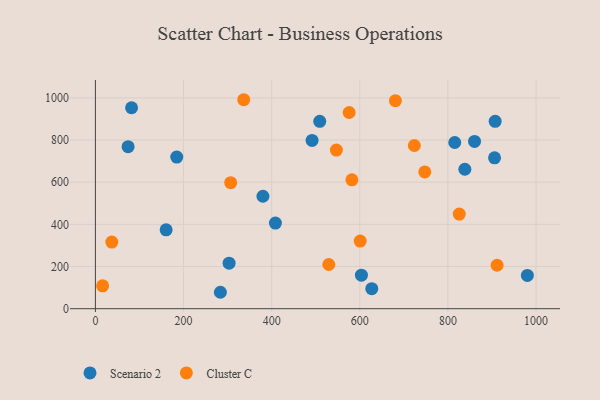
{"axis": {"x": "Experience", "y": "Profit"}, "legend": ["Cluster C", "Scenario 2"], "data": [{"x": "491.7", "y": 798.1, "type": "Scenario 2"}, {"x": "509.1", "y": 888.6, "type": "Scenario 2"}, {"x": "184.6", "y": 719.2, "type": "Scenario 2"}, {"x": "303.4", "y": 216.1, "type": "Scenario 2"}, {"x": "627.2", "y": 94.9, "type": "Scenario 2"}, {"x": "283.6", "y": 77.9, "type": "Scenario 2"}, {"x": "838.4", "y": 661.4, "type": "Scenario 2"}, {"x": "980.3", "y": 157.9, "type": "Scenario 2"}, {"x": "603.7", "y": 159.2, "type": "Scenario 2"}, {"x": "74.2", "y": 768.6, "type": "Scenario 2"}, {"x": "815.5", "y": 788.2, "type": "Scenario 2"}, {"x": "907.2", "y": 888.7, "type": "Scenario 2"}, {"x": "82.1", "y": 953.1, "type": "Scenario 2"}, {"x": "408.5", "y": 406.0, "type": "Scenario 2"}, {"x": "160.5", "y": 373.9, "type": "Scenario 2"}, {"x": "380.2", "y": 533.4, "type": "Scenario 2"}, {"x": "905.8", "y": 715.7, "type": "Scenario 2"}, {"x": "860.4", "y": 793.5, "type": "Scenario 2"}, {"x": "546.8", "y": 752.5, "type": "Cluster C"}, {"x": "600.9", "y": 320.6, "type": "Cluster C"}, {"x": "307.0", "y": 597.6, "type": "Cluster C"}, {"x": "723.8", "y": 773.9, "type": "Cluster C"}, {"x": "16.4", "y": 108.7, "type": "Cluster C"}, {"x": "747.5", "y": 648.5, "type": "Cluster C"}, {"x": "911.6", "y": 206.1, "type": "Cluster C"}, {"x": "529.6", "y": 209.7, "type": "Cluster C"}, {"x": "37.2", "y": 315.8, "type": "Cluster C"}, {"x": "582.1", "y": 611.4, "type": "Cluster C"}, {"x": "825.7", "y": 448.8, "type": "Cluster C"}, {"x": "575.9", "y": 930.6, "type": "Cluster C"}, {"x": "680.8", "y": 986.4, "type": "Cluster C"}, {"x": "336.6", "y": 991.1, "type": "Cluster C"}]}